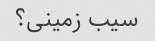
سیب زمینی؟